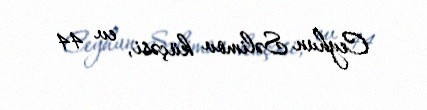
Ceyhun Səlimov küçəsi, ev 44